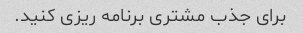
برای جذب مشتری برنامه ریزی کنید.